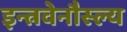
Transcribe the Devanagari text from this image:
इन्त्रवेनौस्ल्य